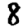
Digit: 8